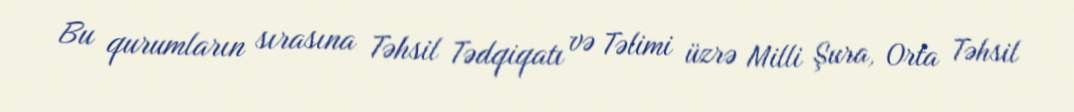
Bu qurumların sırasına Təhsil Tədqiqatı və Təlimi üzrə Milli Şura, Orta Təhsil